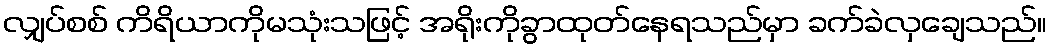
လျှပ်စစ် ကိရိယာကိုမသုံးသဖြင့် အရိုးကိုခွာထုတ်နေရသည်မှာ ခက်ခဲလှချေသည်။